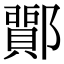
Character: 𨞵